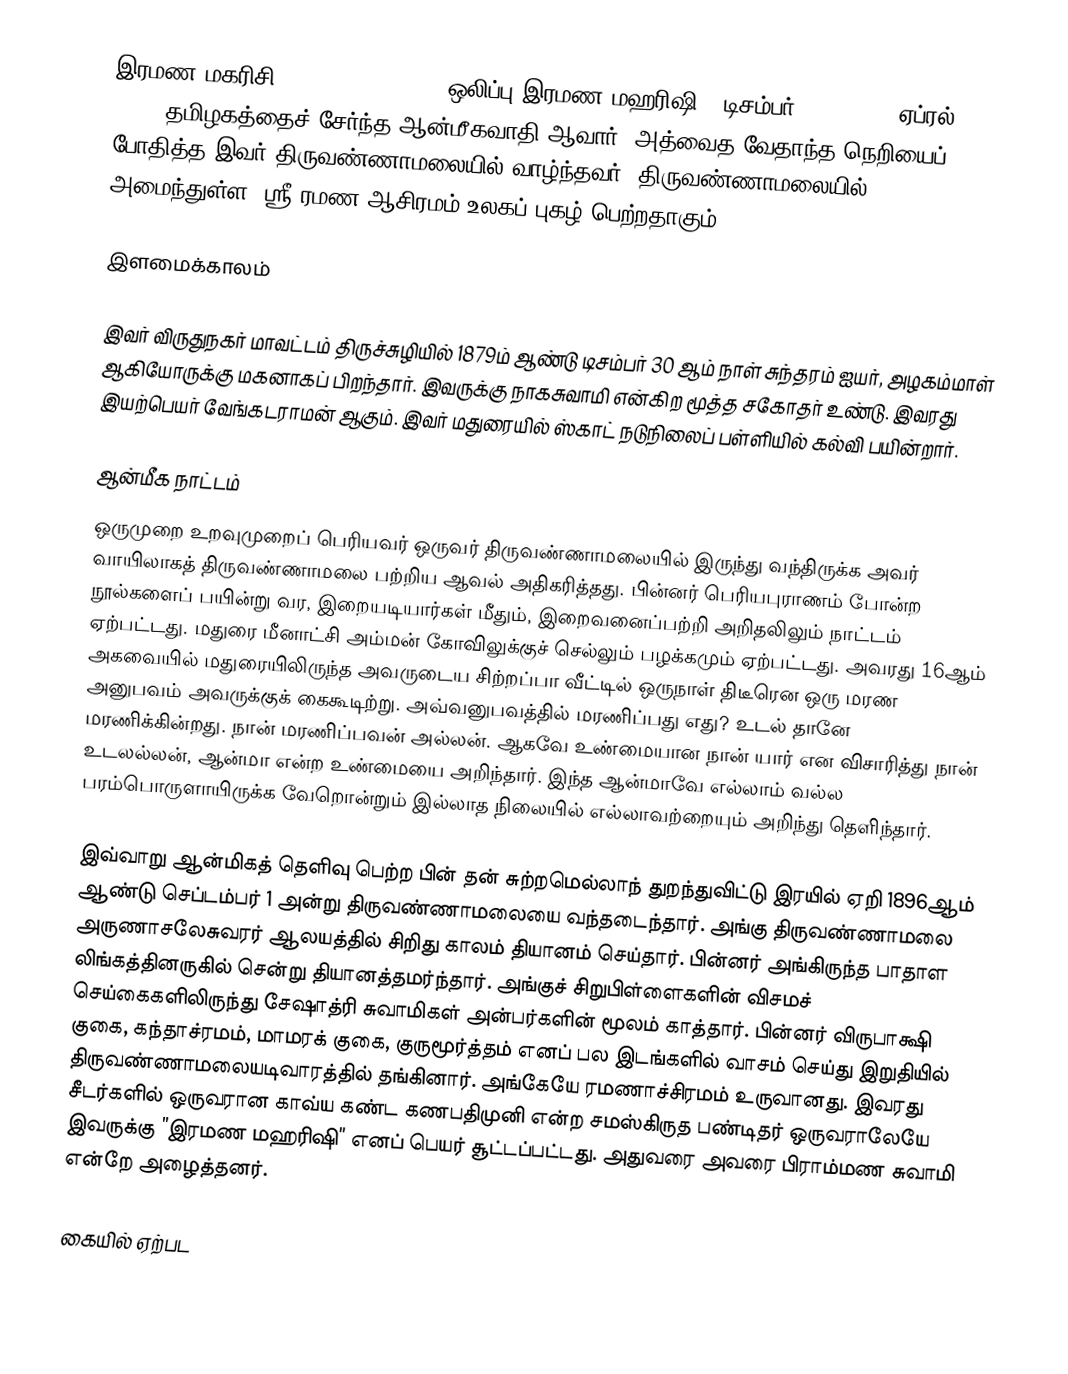
இரமண மகரிசி (Ramana Maharshi) (ஒலிப்பு:இரமண மஹரிஷி) (டிசம்பர் 30, 1879 - ஏப்ரல் 14, 1950) தமிழகத்தைச் சேர்ந்த ஆன்மீகவாதி ஆவார். அத்வைத வேதாந்த நெறியைப் போதித்த இவர் திருவண்ணாமலையில் வாழ்ந்தவர். திருவண்ணாமலையில் அமைந்துள்ள, ஸ்ரீ ரமண ஆசிரமம் உலகப் புகழ் பெற்றதாகும்.

இளமைக்காலம்

இவர் விருதுநகர் மாவட்டம் திருச்சுழியில் 1879ம் ஆண்டு டிசம்பர் 30 ஆம் நாள் சுந்தரம்  ஐயர், அழகம்மாள் ஆகியோருக்கு மகனாகப் பிறந்தார். இவருக்கு நாகசுவாமி என்கிற மூத்த சகோதர் உண்டு. இவரது இயற்பெயர் வேங்கடராமன் ஆகும். இவர் மதுரையில் ஸ்காட் நடுநிலைப் பள்ளியில் கல்வி பயின்றார்.

ஆன்மீக நாட்டம்
ஒருமுறை உறவுமுறைப் பெரியவர் ஒருவர் திருவண்ணாமலையில் இருந்து வந்திருக்க அவர் வாயிலாகத் திருவண்ணாமலை பற்றிய ஆவல் அதிகரித்தது. பின்னர் பெரியபுராணம் போன்ற நூல்களைப் பயின்று வர, இறையடியார்கள் மீதும், இறைவனைப்பற்றி அறிதலிலும் நாட்டம் ஏற்பட்டது. மதுரை மீனாட்சி அம்மன் கோவிலுக்குச் செல்லும் பழக்கமும் ஏற்பட்டது. அவரது 16ஆம் அகவையில் மதுரையிலிருந்த அவருடைய சிற்றப்பா வீட்டில் ஒருநாள் திடீரென ஒரு மரண அனுபவம் அவருக்குக் கைகூடிற்று. அவ்வனுபவத்தில் மரணிப்பது எது? உடல் தானே மரணிக்கின்றது. நான் மரணிப்பவன் அல்லன். ஆகவே உண்மையான நான் யார்  என விசாரித்து நான் உடலல்லன், ஆன்மா என்ற உண்மையை அறிந்தார். இந்த ஆன்மாவே எல்லாம் வல்ல பரம்பொருளாயிருக்க வேறொன்றும் இல்லாத நிலையில் எல்லாவற்றையும் அறிந்து தெளிந்தார்.

இவ்வாறு ஆன்மிகத் தெளிவு பெற்ற பின் தன் சுற்றமெல்லாந் துறந்துவிட்டு இரயில் ஏறி 1896ஆம் ஆண்டு செப்டம்பர் 1 அன்று திருவண்ணாமலையை வந்தடைந்தார். அங்கு திருவண்ணாமலை அருணாசலேசுவரர் ஆலயத்தில் சிறிது காலம் தியானம் செய்தார். பின்னர் அங்கிருந்த பாதாள லிங்கத்தினருகில் சென்று தியானத்தமர்ந்தார். அங்குச் சிறுபிள்ளைகளின் விசமச் செய்கைகளிலிருந்து சேஷாத்ரி சுவாமிகள் அன்பர்களின் மூலம் காத்தார். பின்னர் விருபாக்ஷி குகை, கந்தாச்ரமம், மாமரக் குகை, குருமூர்த்தம் எனப் பல இடங்களில் வாசம் செய்து இறுதியில் திருவண்ணாமலையடிவாரத்தில் தங்கினார். அங்கேயே ரமணாச்சிரமம் உருவானது. இவரது சீடர்களில் ஒருவரான காவ்ய கண்ட கணபதிமுனி என்ற சமஸ்கிருத பண்டிதர் ஒருவராலேயே இவருக்கு ”இரமண மஹரிஷி” எனப் பெயர் சூட்டப்பட்டது. அதுவரை அவரை பிராம்மண சுவாமி என்றே அழைத்தனர்.

கையில் ஏற்பட